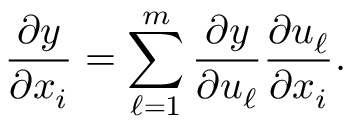
{ \frac { \partial y } { \partial x _ { i } } } = \sum _ { \ell = 1 } ^ { m } { \frac { \partial y } { \partial u _ { \ell } } } { \frac { \partial u _ { \ell } } { \partial x _ { i } } } .